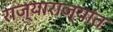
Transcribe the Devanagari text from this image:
राज्याराज्यांत